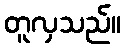
တူလှသည်။